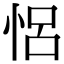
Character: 𢙲